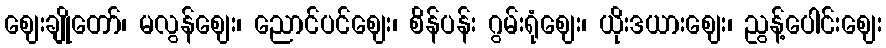
ဈေးချိုတော်၊ မလွန်ဈေး၊ ညောင်ပင်ဈေး၊ စိန်ပန်း ဂွမ်းရုံဈေး၊ ယိုးဒယားဈေး၊ ညွန့်ပေါင်းဈေး